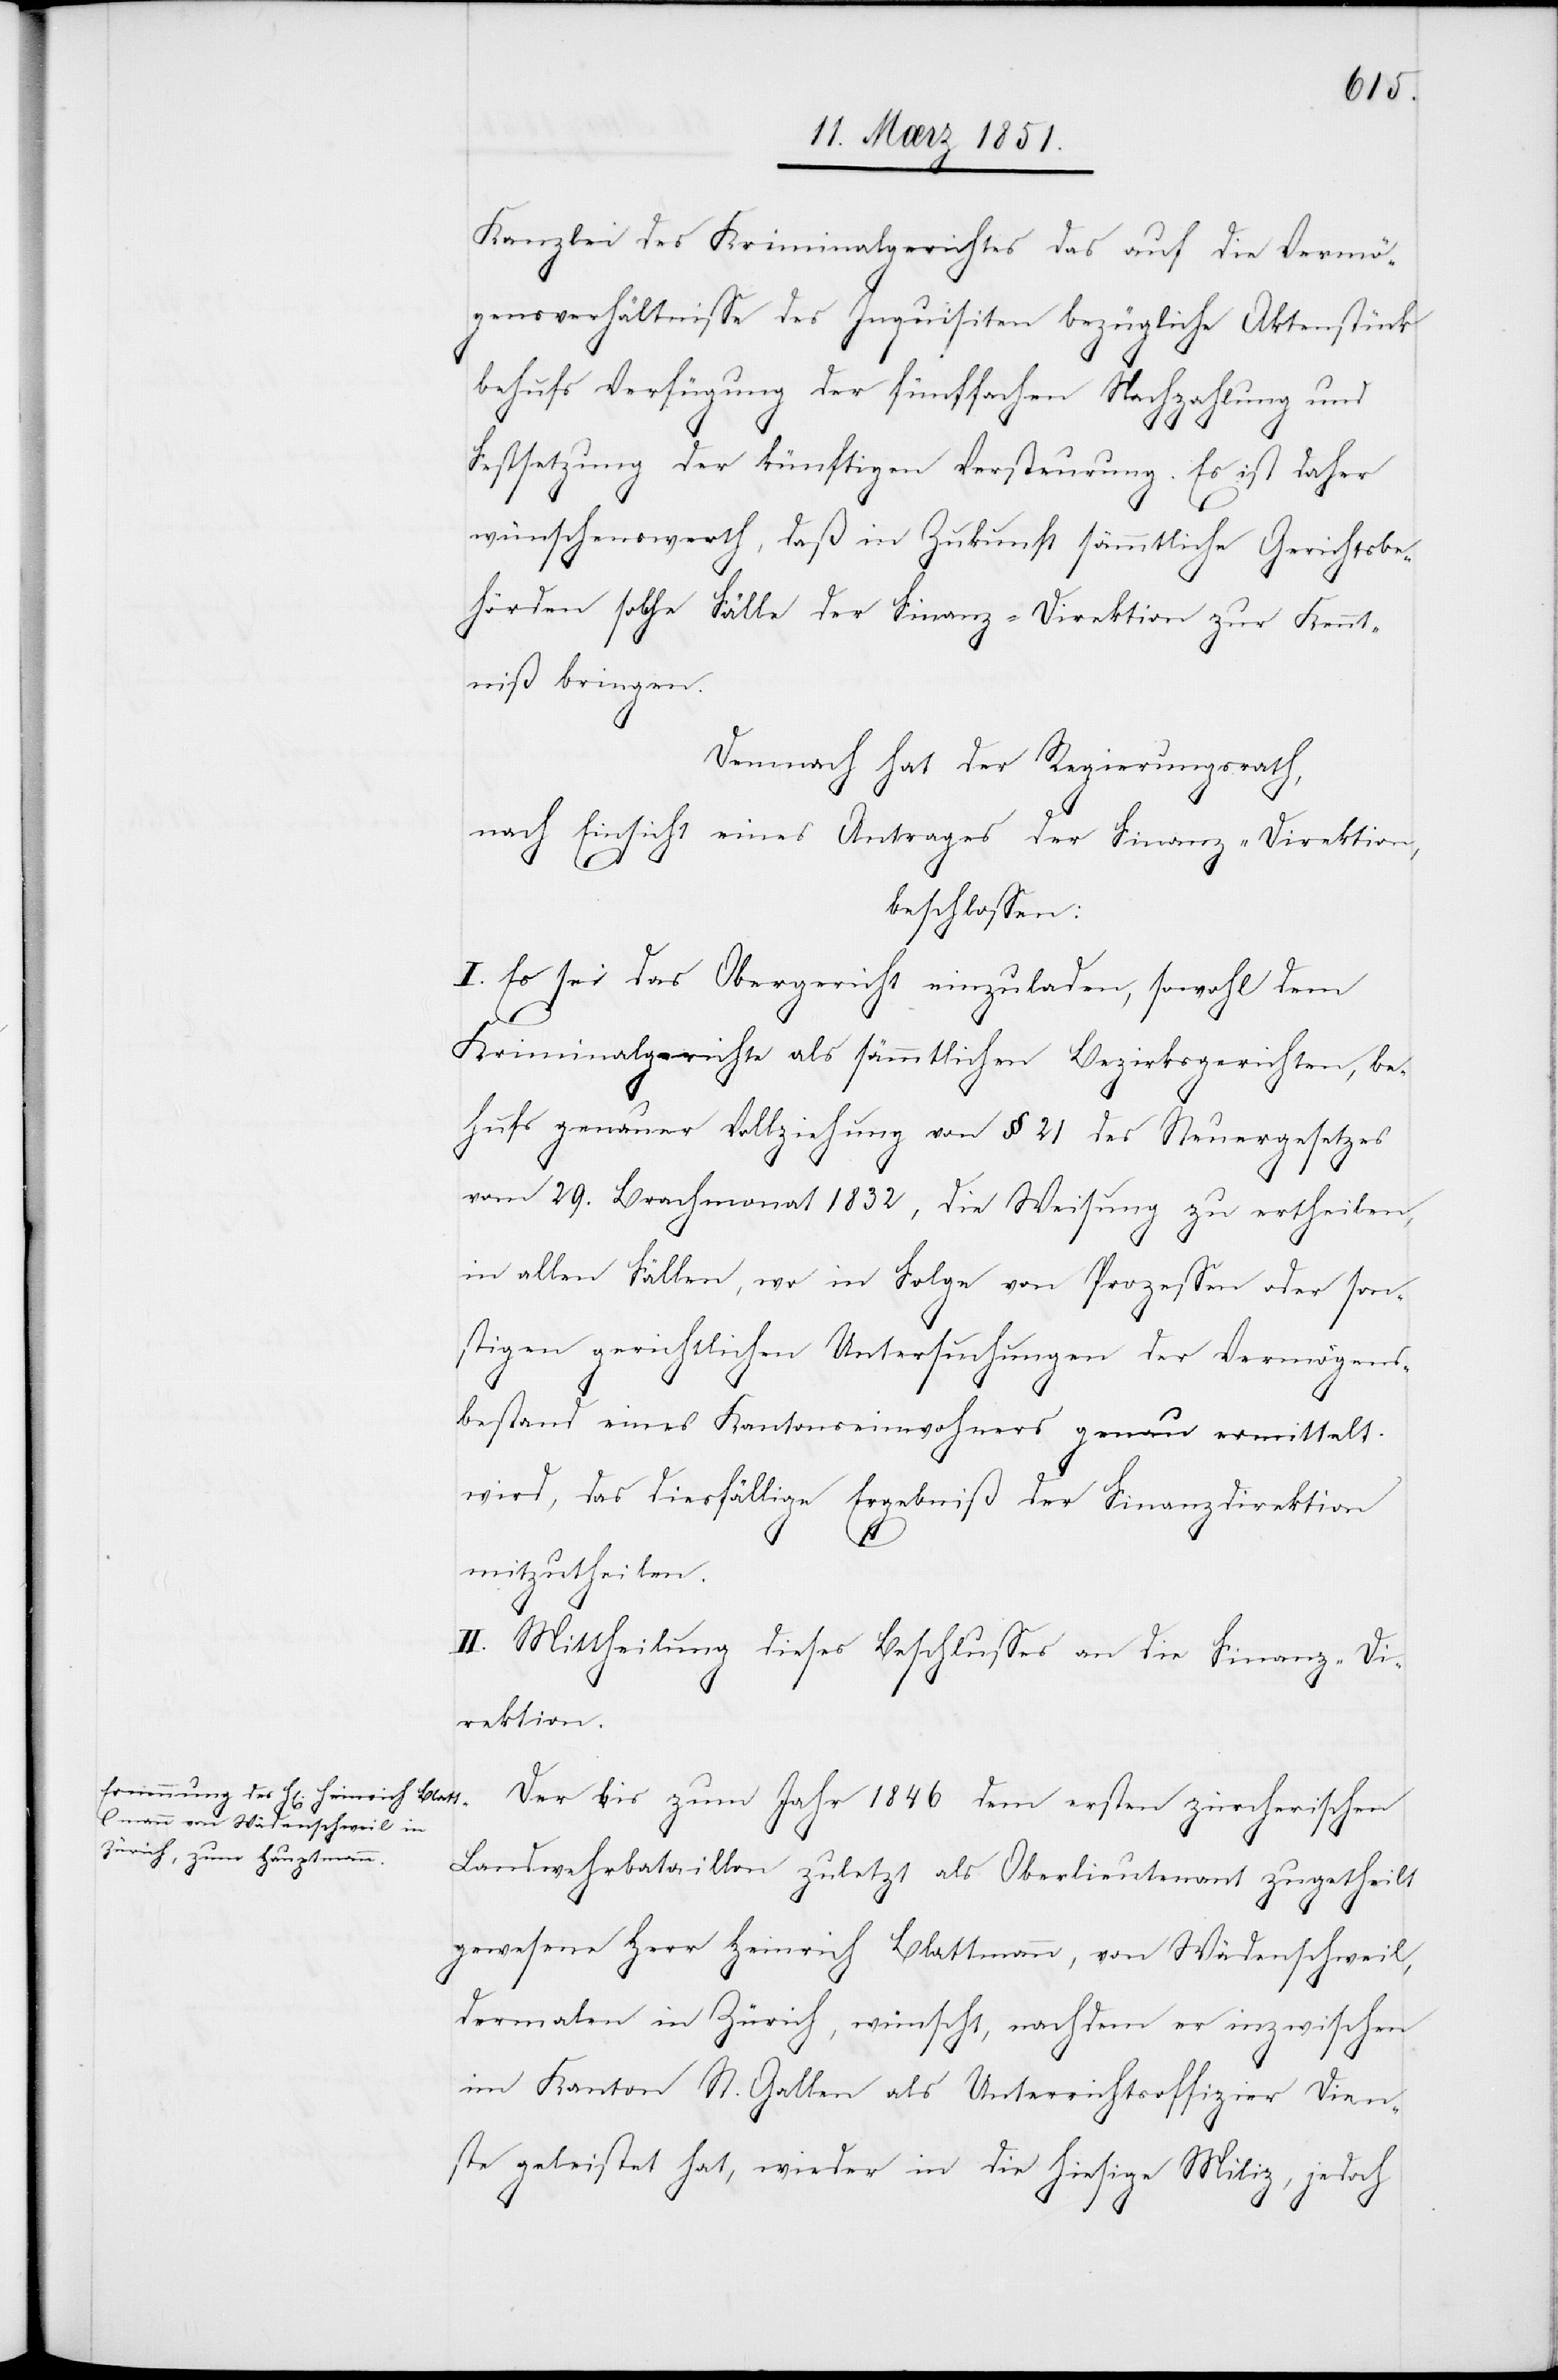
Kanzlei des Kriminalgerichtes das auf die Vermö¬
gensverhältnisse des Inquisiten bezügliche Aktenstück
behufs Verfügung der fünffachen Nachzahlung und
Festsetzung der künftigen Versteurung. Es ist daher
wünschenswerth, daß in Zukunft sämmtliche Gerichtsbe¬
hörden solche Fälle der Finanz-Direktion zur Kennt¬
niß bringen.
Demnach hat der Regierungsrath,
nach Einsicht eines Antrages der Finanz-Direktion,
beschlossen:
I. Es sei das Obergericht einzuladen, sowohl dem
Kriminalgerichte als sämmtlichen Bezirksgerichten, be¬
hufs genauer Vollziehung von § 21 des Steuergesetzes
vom 29. Brachmonat 1832, die Weisung zu ertheilen,
in allen Fällen, wo in Folge von Prozessen oder son¬
stigen gerichtlichen Untersuchungen der Vermögens¬
bestand eines Kantonseinwohners genau ermittelt
wird, das diesfällige Ergebniß der Finanzdirektion
mitzutheilen.
II. Mittheilung dieses Beschlusses an die Finanz-Di¬
rektion.
Der bis zum Jahr 1846 dem ersten zürcherischen
Landwehrbataillon zuletzt als Oberlieutenant zugetheilt
gewesene Herr Heinrich Blattmann, von Wädenschweil,
dermalen in Zürich, wünscht, nachdem er inzwischen
im Kanton St. Gallen als Unterrichtsoffizier Dien¬
ste geleistet hat, wieder in die hiesige Miliz, jedoch